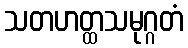
သတဟတ္ထသမုဂ္ဂတံ